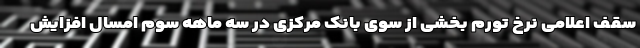
سقف اعلامی نرخ تورم بخشی از سوی بانک مرکزی در سه ماهه سوم امسال افزایش